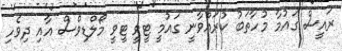
ރައީސް ގައުމާ މުހާތަބު ކުރައްވާނީ ގައުމީ ޓީވީ ޓީވީ މޯލްޑިވްސް އާއި ދިވެހި